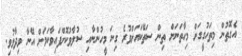
އެގޮތުން މިތަހުގީގަށް މިހާތަނަށް ތިން ސަތޭކައަށްވުރެ ގިނަ މީހުންނާއި ސުލާވުކޮށްފައިވާކަމަށް އޭނާ ވިދާޅުވި.